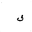
Letter: _fa